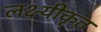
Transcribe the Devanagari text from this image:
लक्ष्यीकृत